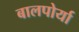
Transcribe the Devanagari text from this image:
बालपोर्या